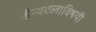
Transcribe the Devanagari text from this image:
सैन्यबलाविषयी